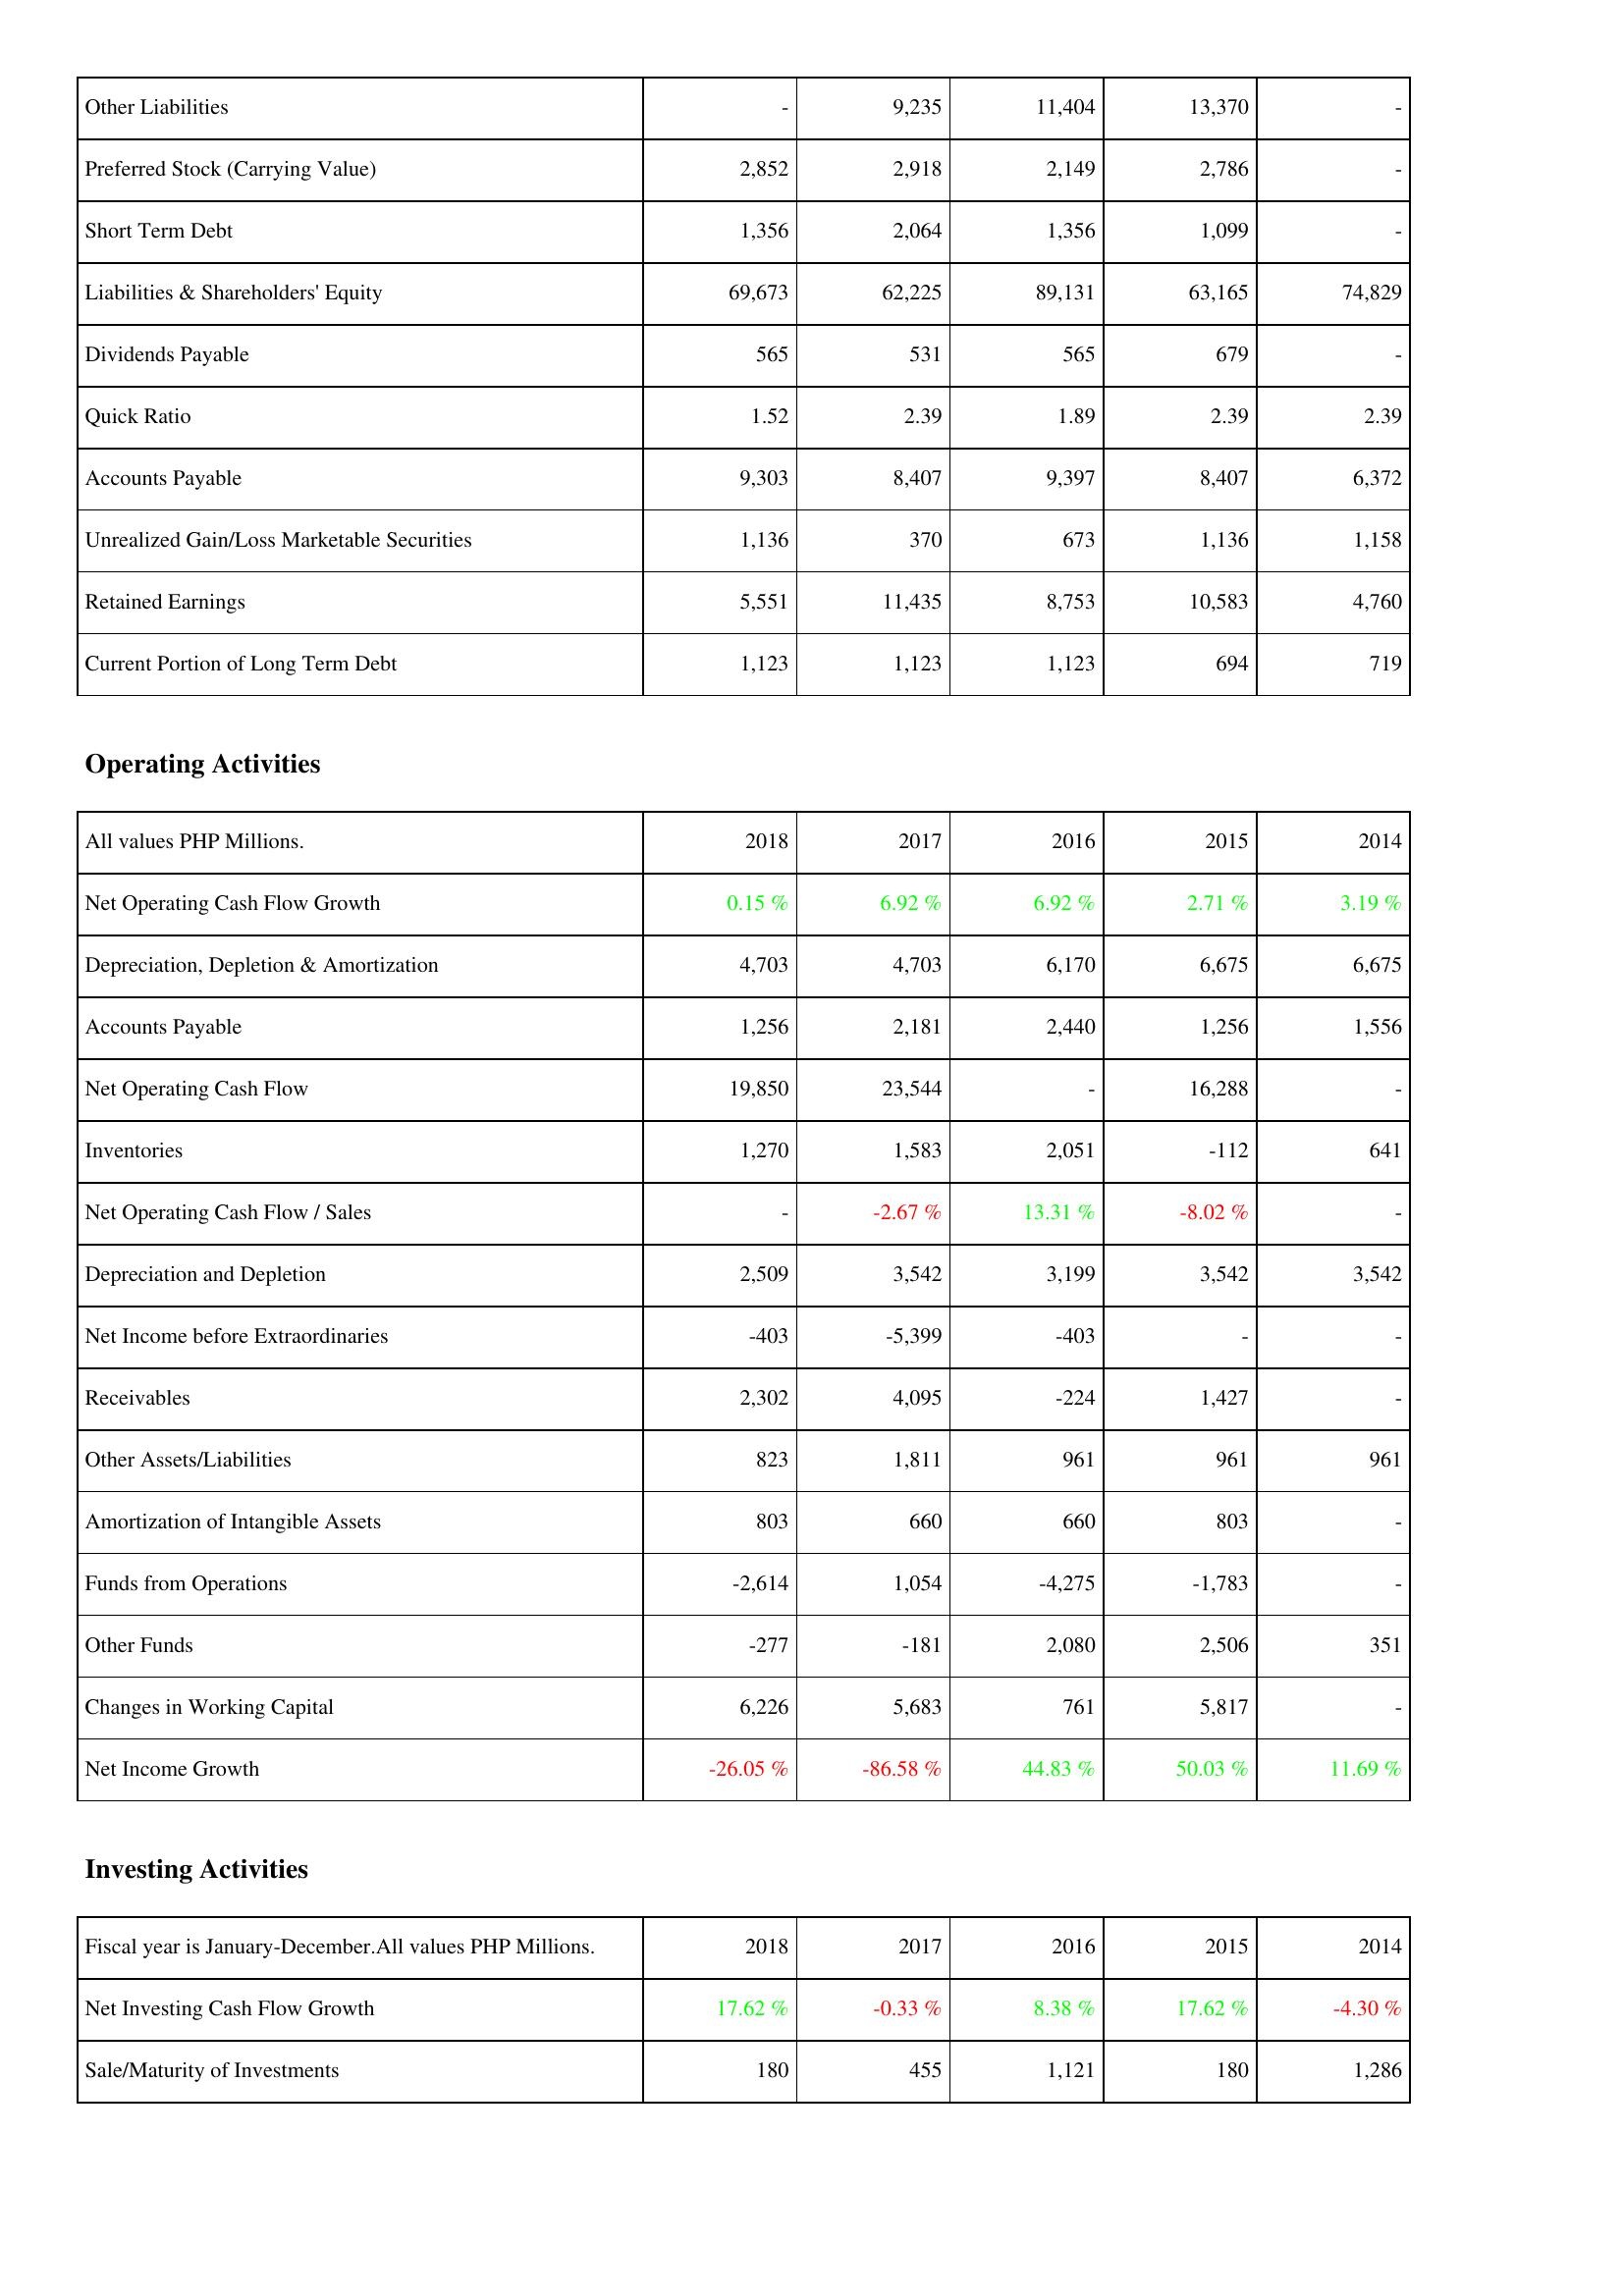
2018: Liabilities & Shareholders' Equity: Other Liabilities: -
Preferred Stock (Carrying Value): 2,852
Short Term Debt: 1,356
Liabilities & Shareholders' Equity: 69,673
Dividends Payable: 565
Quick Ratio: 1.52
Accounts Payable: 9,303
Unrealized Gain/Loss Marketable Securities: 1,136
Retained Earnings: 5,551
Current Portion of Long Term Debt: 1,123
Operating Activities: Net Operating Cash Flow Growth: 0.15 %
Depreciation, Depletion & Amortization: 4,703
Accounts Payable: 1,256
Net Operating Cash Flow: 19,850
Inventories: 1,270
Net Operating Cash Flow / Sales: -
Depreciation and Depletion: 2,509
Net Income before Extraordinaries: -403
Receivables: 2,302
Other Assets/Liabilities: 823
Amortization of Intangible Assets: 803
Funds from Operations: -2,614
Other Funds: -277
Changes in Working Capital: 6,226
Net Income Growth: -26.05 %
Investing Activities: Net Investing Cash Flow Growth: 17.62 %
Sale/Maturity of Investments: 180
2017: Liabilities & Shareholders' Equity: Other Liabilities: 9,235
Preferred Stock (Carrying Value): 2,918
Short Term Debt: 2,064
Liabilities & Shareholders' Equity: 62,225
Dividends Payable: 531
Quick Ratio: 2.39
Accounts Payable: 8,407
Unrealized Gain/Loss Marketable Securities: 370
Retained Earnings: 11,435
Current Portion of Long Term Debt: 1,123
Operating Activities: Net Operating Cash Flow Growth: 6.92 %
Depreciation, Depletion & Amortization: 4,703
Accounts Payable: 2,181
Net Operating Cash Flow: 23,544
Inventories: 1,583
Net Operating Cash Flow / Sales: -2.67 %
Depreciation and Depletion: 3,542
Net Income before Extraordinaries: -5,399
Receivables: 4,095
Other Assets/Liabilities: 1,811
Amortization of Intangible Assets: 660
Funds from Operations: 1,054
Other Funds: -181
Changes in Working Capital: 5,683
Net Income Growth: -86.58 %
Investing Activities: Net Investing Cash Flow Growth: -0.33 %
Sale/Maturity of Investments: 455
2016: Liabilities & Shareholders' Equity: Other Liabilities: 11,404
Preferred Stock (Carrying Value): 2,149
Short Term Debt: 1,356
Liabilities & Shareholders' Equity: 89,131
Dividends Payable: 565
Quick Ratio: 1.89
Accounts Payable: 9,397
Unrealized Gain/Loss Marketable Securities: 673
Retained Earnings: 8,753
Current Portion of Long Term Debt: 1,123
Operating Activities: Net Operating Cash Flow Growth: 6.92 %
Depreciation, Depletion & Amortization: 6,170
Accounts Payable: 2,440
Net Operating Cash Flow: -
Inventories: 2,051
Net Operating Cash Flow / Sales: 13.31 %
Depreciation and Depletion: 3,199
Net Income before Extraordinaries: -403
Receivables: -224
Other Assets/Liabilities: 961
Amortization of Intangible Assets: 660
Funds from Operations: -4,275
Other Funds: 2,080
Changes in Working Capital: 761
Net Income Growth: 44.83 %
Investing Activities: Net Investing Cash Flow Growth: 8.38 %
Sale/Maturity of Investments: 1,121
2015: Liabilities & Shareholders' Equity: Other Liabilities: 13,370
Preferred Stock (Carrying Value): 2,786
Short Term Debt: 1,099
Liabilities & Shareholders' Equity: 63,165
Dividends Payable: 679
Quick Ratio: 2.39
Accounts Payable: 8,407
Unrealized Gain/Loss Marketable Securities: 1,136
Retained Earnings: 10,583
Current Portion of Long Term Debt: 694
Operating Activities: Net Operating Cash Flow Growth: 2.71 %
Depreciation, Depletion & Amortization: 6,675
Accounts Payable: 1,256
Net Operating Cash Flow: 16,288
Inventories: -112
Net Operating Cash Flow / Sales: -8.02 %
Depreciation and Depletion: 3,542
Net Income before Extraordinaries: -
Receivables: 1,427
Other Assets/Liabilities: 961
Amortization of Intangible Assets: 803
Funds from Operations: -1,783
Other Funds: 2,506
Changes in Working Capital: 5,817
Net Income Growth: 50.03 %
Investing Activities: Net Investing Cash Flow Growth: 17.62 %
Sale/Maturity of Investments: 180
2014: Liabilities & Shareholders' Equity: Other Liabilities: -
Preferred Stock (Carrying Value): -
Short Term Debt: -
Liabilities & Shareholders' Equity: 74,829
Dividends Payable: -
Quick Ratio: 2.39
Accounts Payable: 6,372
Unrealized Gain/Loss Marketable Securities: 1,158
Retained Earnings: 4,760
Current Portion of Long Term Debt: 719
Operating Activities: Net Operating Cash Flow Growth: 3.19 %
Depreciation, Depletion & Amortization: 6,675
Accounts Payable: 1,556
Net Operating Cash Flow: -
Inventories: 641
Net Operating Cash Flow / Sales: -
Depreciation and Depletion: 3,542
Net Income before Extraordinaries: -
Receivables: -
Other Assets/Liabilities: 961
Amortization of Intangible Assets: -
Funds from Operations: -
Other Funds: 351
Changes in Working Capital: -
Net Income Growth: 11.69 %
Investing Activities: Net Investing Cash Flow Growth: -4.30 %
Sale/Maturity of Investments: 1,286